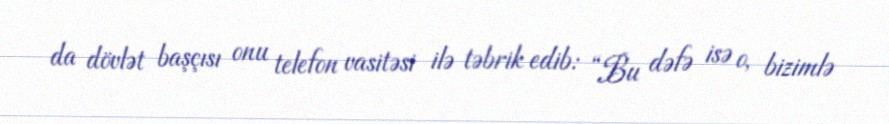
da dövlət başçısı onu telefon vasitəsi ilə təbrik edib: “Bu dəfə isə o, bizimlə